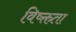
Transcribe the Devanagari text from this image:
विष्क्तता